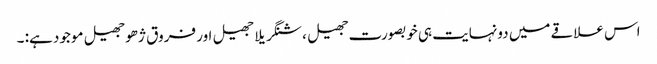
اس علاقے میں دونہایت ہی خوبصورت جھیل ، شنگریلا جھیل اور فروق ژھو جھیل موجود ہے: ۔